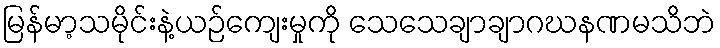
မြန်မာ့သမိုင်းနဲ့ယဉ်ကျေးမှုကို သေသေချာချာဂဃနဏမသိဘဲ